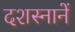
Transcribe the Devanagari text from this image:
दशस्नानें